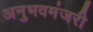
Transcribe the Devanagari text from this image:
अनुभवमंजरी